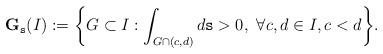
LaTeX: \begin{align*}\mathbf{G}_\mathtt{s}(I):=\bigg\{ G\subset I: \int_{G\cap (c,d)}d\mathtt{s}>0,~\forall c,d\in I, c<d\bigg\}.\end{align*}